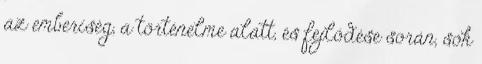
az emberiség, a történelme alatt, és fejlődése során, sok